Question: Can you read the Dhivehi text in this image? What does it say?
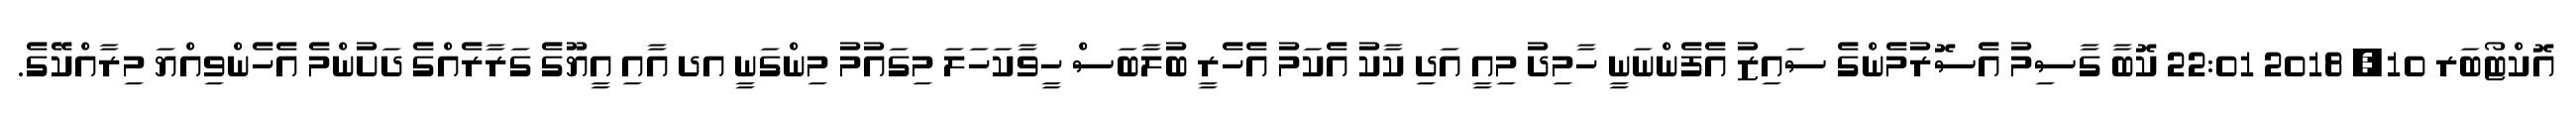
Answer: އޮކްޓޯބަރ 10, 2018 22:01 ކޮބާ ގާސިމު އެސޮރުމެންގެ ސައިޒު އެފެންނަނީ ހާމިދު މިއީ އަދި ކާކު އެކަމު އެހެރީ ބުލާބަސް ހީވާކަހަލަ މިގައުމު މިންގަނީ އދ އާއި އީޔޫގެ ގަރާރެއްގެ ދަށުންމެ އެހެންވިއްޔަ މިރާއްކޭގެ.